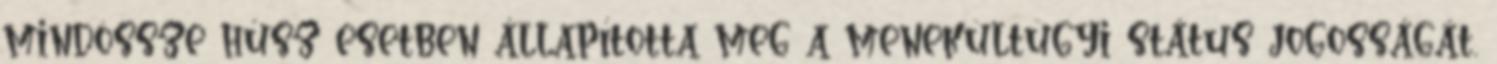
mindössze húsz esetben állapította meg a menekültügyi státus jogosságát.